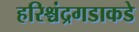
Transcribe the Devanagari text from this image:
हरिश्चंद्रगडाकडे